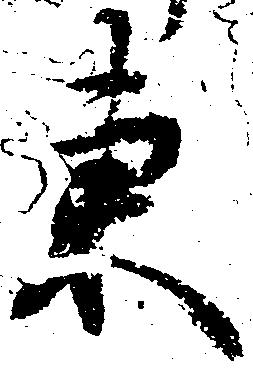
東